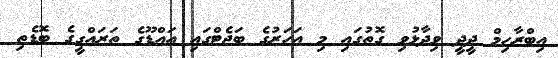
އިބްރާހިމް ދީދީ ވިދާޅުވި ގޮތުގައި މި އަހަރުގެ ބަޖެޓްގައި އައްޑޫގެ ތަރައްގީގެ ބޮޑެތި